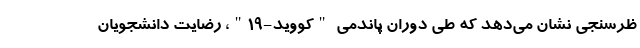
ظرسنجی نشان می‌دهد که طی دوران پاندمی "کووید-۱۹"، رضایت دانشجویان